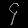
Digit: ၄